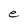
Character: e